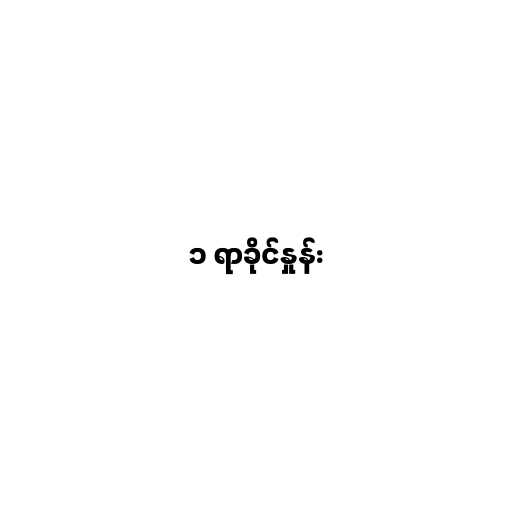
၁ ရာခိုင်နှုန်း